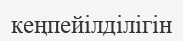
кеңпейілділігін